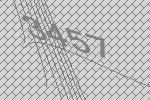
3457